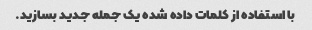
با استفاده از کلمات داده شده یک جمله جدید بسازید.